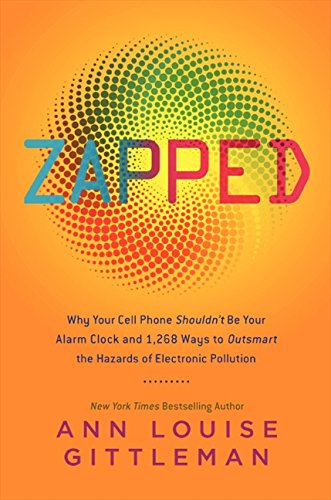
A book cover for Zapped: Why Your Cell Phone Shouldn't Be Your Alarm Clock and 1,268 Ways to Outsmart the Hazards of Electronic Pollution; Ann Louise Gittleman; Health, Fitness & Dieting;